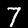
Label: 7